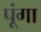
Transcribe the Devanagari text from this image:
पूंगा